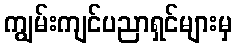
ကျွမ်းကျင်ပညာရှင်များမှ